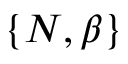
\{ N , \beta \}